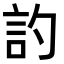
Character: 訋